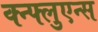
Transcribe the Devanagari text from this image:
क्न्फ्लुएन्स